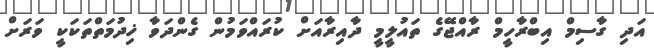
އަދި ގާސިމް އިބްރާހީމް ރާއްޖޭގެ ތައުލީމީ ދާއިރާއަށް ކުރައްވަމުން ގެންދަވާ ޚިދުމަތްތަކަކީ ވަރަށް